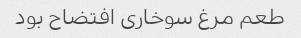
طعم مرغ سوخارى افتضاح بود